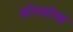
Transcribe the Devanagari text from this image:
कोस्ग्रोव्ह